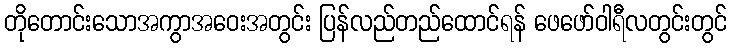
တိုတောင်းသောအကွာအဝေးအတွင်း ပြန်လည်တည်ထောင်ရန် ဖေဖော်ဝါရီလတွင်းတွင်